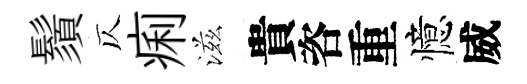
鬚仄痢滋貴咨重憶威